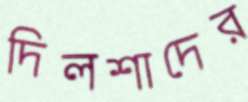
দিলশাদের